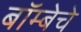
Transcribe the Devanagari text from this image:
बॉम्बेचे